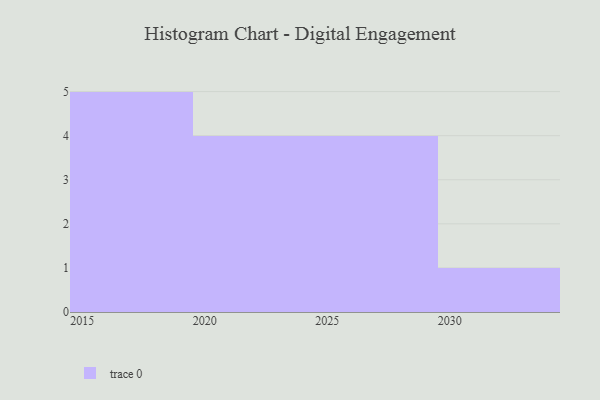
{"axis": {"x": "Year", "y": "LTV (USD)"}, "legend": [""], "data": [{"x": "2026", "y": 64, "type": ""}, {"x": "2017", "y": 26, "type": ""}, {"x": "2025", "y": 2, "type": ""}, {"x": "2021", "y": 90, "type": ""}, {"x": "2022", "y": 32, "type": ""}, {"x": "2030", "y": 48, "type": ""}, {"x": "2029", "y": 2, "type": ""}, {"x": "2024", "y": 8, "type": ""}, {"x": "2028", "y": 90, "type": ""}, {"x": "2015", "y": 23, "type": ""}, {"x": "2016", "y": 6, "type": ""}, {"x": "2018", "y": 34, "type": ""}, {"x": "2020", "y": 98, "type": ""}, {"x": "2019", "y": 34, "type": ""}]}